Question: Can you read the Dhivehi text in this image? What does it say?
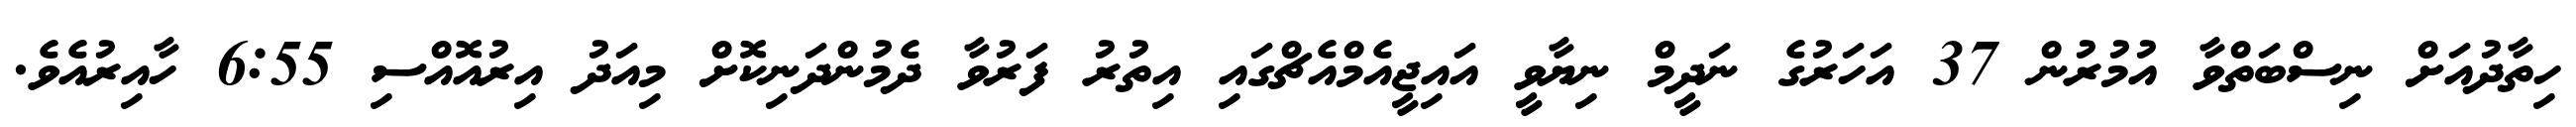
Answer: ހިތާދުއަށް ނިސްބަތްވާ އުމުރުން 37 އަހަރުގެ ނަދީމް ނިޔާވީ އައިޖީއެމްއެޗްގައި އިތުރު ފަރުވާ ދެމުންދަނިކޮށް މިއަދު އިރުއޮއްސި 6:55 ހާއިރުއެވެ.